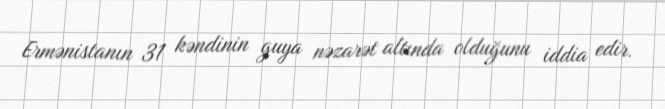
Ermənistanın 31 kəndinin guya nəzarət altında olduğunu iddia edir.